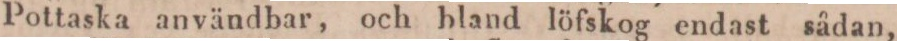
Pottaska användbar, och bland löfskog endast sådan,